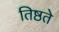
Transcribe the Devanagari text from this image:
तिष्ठते